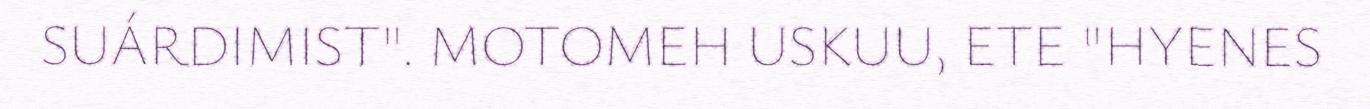
SUÁRDIMIST". MOTOMEH USKUU, ETE "HYENES